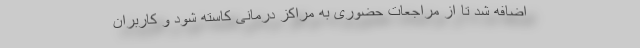
اضافه شد تا از مراجعات حضوری به مراکز درمانی کاسته شود و کاربران